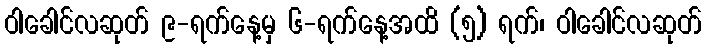
ဝါခေါင်လဆုတ် ၉-ရက်နေ့မှ ၆-ရက်နေ့အထိ (၅) ရက်၊ ဝါခေါင်လဆုတ်